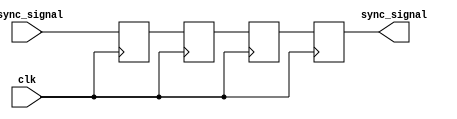
module triple_ff_synchronizer (
    input wire async_signal,  // Asynchronous input signal
    input wire clk,           // Clock signal for the synchronous domain
    output reg sync_signal    // Synchronized output signal
);

    // Internal flip-flop signals
    reg ff1, ff2, ff3;

    // First flip-flop: Sample async_signal on the rising edge of clk
    always @(posedge clk) begin
        ff1 <= async_signal;  // Capture the asynchronous signal
    end

    // Second flip-flop: Sample ff1 on the rising edge of clk
    always @(posedge clk) begin
        ff2 <= ff1;           // Capture the output of the first flip-flop
    end

    // Third flip-flop: Sample ff2 on the rising edge of clk
    always @(posedge clk) begin
        ff3 <= ff2;           // Capture the output of the second flip-flop
    end

    // Output the synchronized signal
    always @(posedge clk) begin
        sync_signal <= ff3;   // The final synchronized output
    end

endmodule